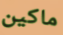
ماكين